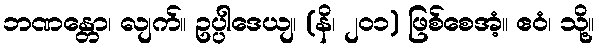
ဘဏန္တော၊ လျက်။ ဥပ္ပါဒေယျ၊ (နိ၊ ၂၀၁) ဖြစ်စေအံ့။ ဧဝံ၊ သို့။